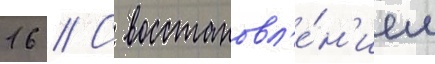
16 // С восстановл'е́н'ием